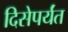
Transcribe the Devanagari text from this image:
दिसेपर्यंत